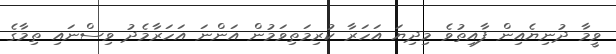
ވީމާ ދުނިޔެއިން ފާއިތުވެ މިދިޔަ އަހަރާ ކުރިމަތިވަމުން އަންނަ އަހަރާމެދު ވިސްނައި ތިމާގެ